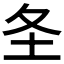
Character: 𪢶